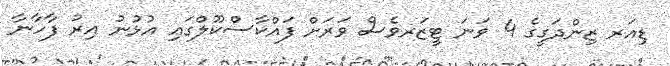
ޑިއަރ ޒިންދަގީގެ 4 ވަނަ ޓީޒަރވެސް ވަރަށް ފައްކާސްކޫލްގައި އުޅުނު އިރު ފާހާނާ